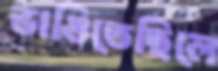
ভাঙিতেছিলে